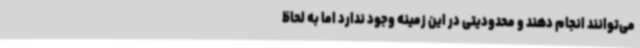
می‌توانند انجام دهند و محدودیتی در این زمینه وجود ندارد اما به لحاظ